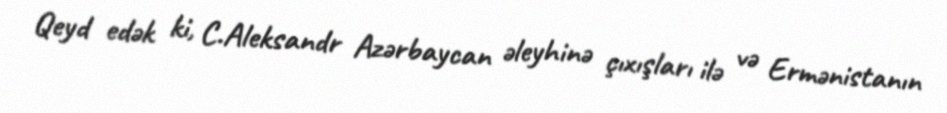
Qeyd edək ki, C.Aleksandr Azərbaycan əleyhinə çıxışları ilə və Ermənistanın